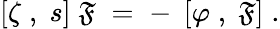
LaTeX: \left[\zeta\; ,\; s\right]\; \mathfrak{F}\; =\; -\; \left[\varphi\; ,\; \mathfrak{F}\right]\; .